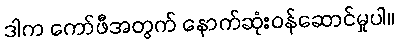
ဒါက ကော်ဖီအတွက် နောက်ဆုံးဝန်ဆောင်မှုပါ။